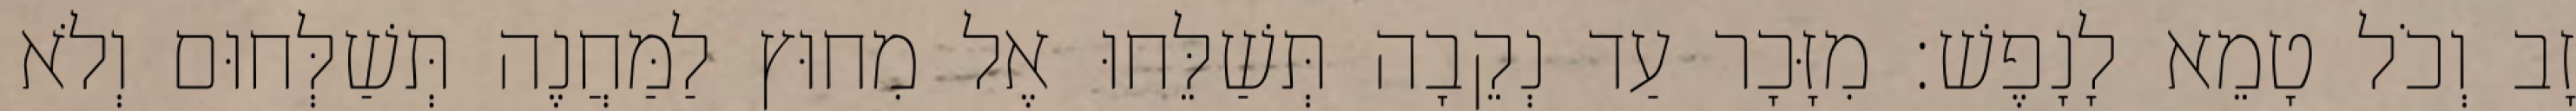
זָב וְכֹל טָמֵא לָנָפֶשׁ׃ מִזָּכָר עַד נְקֵבָה תְּשַׁלֵּחוּ אֶל מִחוּץ לַמַּחֲנֶה תְּשַׁלְּחוּם וְלֹא